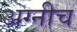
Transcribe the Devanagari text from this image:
अग्नीच